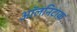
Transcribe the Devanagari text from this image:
ऑलनिटाक